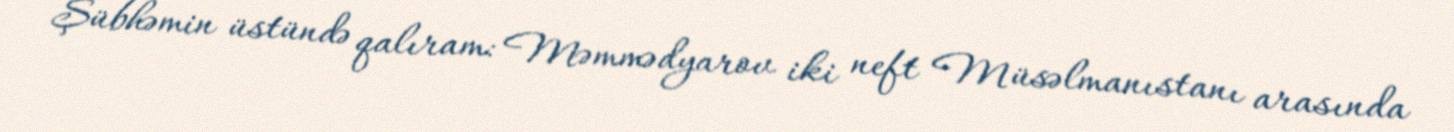
Şübhəmin üstündə qalıram: Məmmədyarov iki neft Müsəlmanıstanı arasında